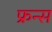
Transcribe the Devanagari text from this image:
फ्रन्स